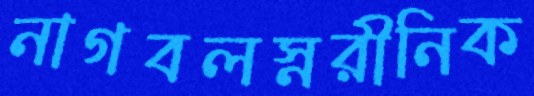
নাগবলস্নরীনিক